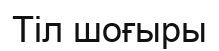
Тіл шоғыры